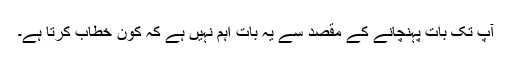
آپ تک بات پہنچانے کے مقصد سے یہ بات اہم نہیں ہے کہ کون خطاب کرتا ہے۔